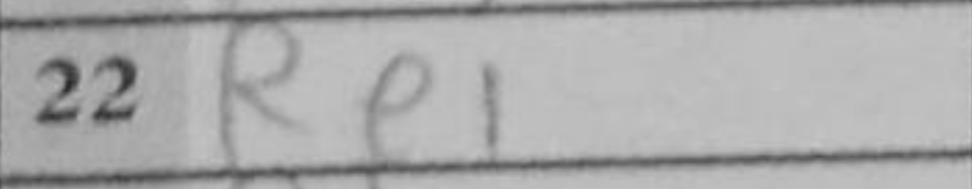
Transcription: Re1